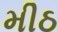
મીઠ